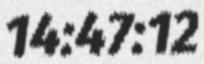
14:47:12